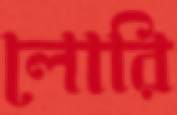
লোরি